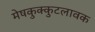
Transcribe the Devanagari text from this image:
मेषकुक्कुटलावक